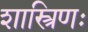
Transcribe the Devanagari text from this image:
शास्त्रिणः